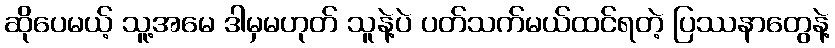
ဆိုပေမယ့် သူ့အမေ ဒါမှမဟုတ် သူနဲ့ပဲ ပတ်သက်မယ်ထင်ရတဲ့ ပြဿနာတွေနဲ့